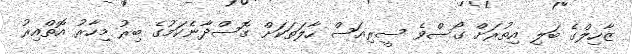
ޒާހިލްގެ ބަލި އިތުރަށް ގޯސްވެ ސީރިއަސް ހާލަތަކަށް ގޮސްދާނެކަމުގެ ބިރު މިހާރު އޮތްއިރު